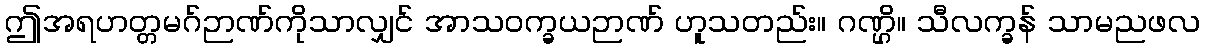
ဤအရဟတ္တမဂ်ဉာဏ်ကိုသာလျှင် အာသဝက္ခယဉာဏ် ဟူသတည်း။ ဂဏ္ဌိ။ သီလက္ခန် သာမညဖလ